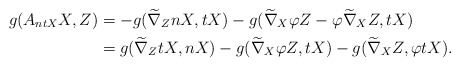
\begin{align*}g(A_{ntX}X,Z)&=-g(\widetilde\nabla_{Z}nX, tX)-g(\widetilde\nabla_{X}\varphi Z-\varphi\widetilde\nabla_{X} Z, tX) \\ &= g(\widetilde\nabla_{Z}tX, nX)-g(\widetilde\nabla_{X}\varphi Z, tX)-g(\widetilde\nabla_{X} Z, \varphi tX).\end{align*}